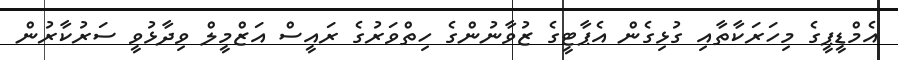
އެމްޑީޕީގެ މިހަރަކާތާއި ގުޅިގެން އެޕާޓީގެ ޒުވާނުންގެ ހިތްވަރުގެ ރައީސް އަޒްމީލް ވިދާޅުވީ ސަރުކާރުން